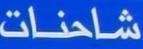
شاحنات